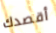
أقصدك